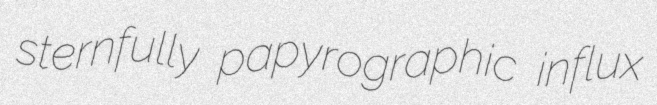
sternfully papyrographic influx